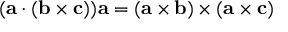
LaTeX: ( \mathbf { a } \cdot ( \mathbf { b } \times \mathbf { c } ) ) \mathbf { a } = ( \mathbf { a } \times \mathbf { b } ) \times ( \mathbf { a } \times \mathbf { c } )